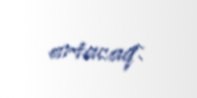
artacaq.